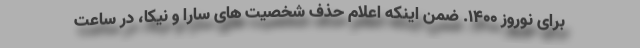
برای نوروز ۱۴۰۰. ضمن اینکه اعلام حذف شخصیت های سارا و نیکا، در ساعت